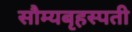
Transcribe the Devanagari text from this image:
सौम्यबृहस्पती